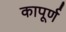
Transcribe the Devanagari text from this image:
कापूर्ण